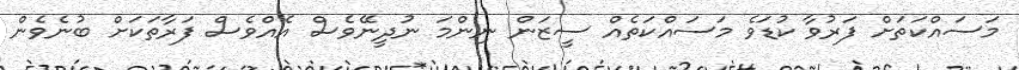
މަސައްކަތަށް ފަރުވާ ކުޑަވެ މަސައްކަތެއް ސީޒަން ނިންމަ ނުދީނޭވެސް އެއްވެސް ފަރާތަކަށް ބުނެވެން